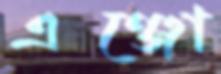
এঞ্জো